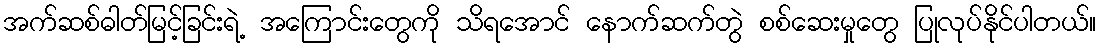
အက်ဆစ်ဓါတ်မြင့်ခြင်းရဲ့ အကြောင်းတွေကို သိရအောင် နောက်ဆက်တွဲ စစ်ဆေးမှုတွေ ပြုလုပ်နိုင်ပါတယ်။